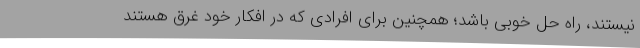
نیستند، راه حل خوبی باشد؛ همچنین برای افرادی که در افکار خود غرق هستند